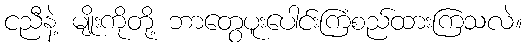
ငညီနဲ့ မျိုးကိုတို့ ဘာတွေပူးပေါင်းကြံစည်ထားကြသလဲ။